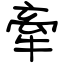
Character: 牽